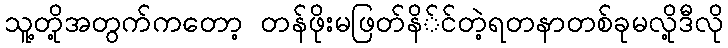
သူ့တို့အတွက်ကတော့ တန်ဖိုးမဖြတ်နိ်င်တဲ့ရတနာတစ်ခုမလို့ဒီလို